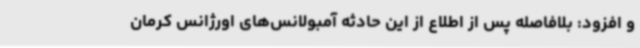
و افزود: بلافاصله پس از اطلاع از این حادثه آمبولانس‌های اورژانس کرمان